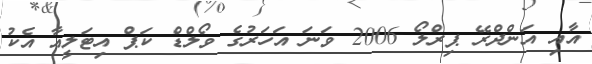
އާއި އަންދްރޭ ޕިރްލޯ 2006 ވަނަ އަހަރުގެ ވޯލްޑް ކަޕް އިޓަލީއާ އެކު